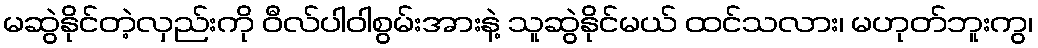
မဆွဲနိုင်တဲ့လှည်းကို ဝီလ်ပါဝါစွမ်းအားနဲ့ သူဆွဲနိုင်မယ် ထင်သလား၊ မဟုတ်ဘူးကွ၊